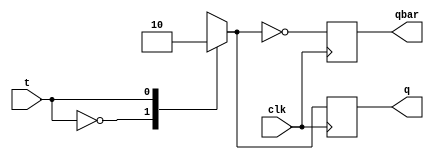
module t_ff(t,clk,q,qbar);
  input t,clk;
  output reg q,qbar;
  always @ (posedge clk)
  begin
    case(t)
      1'b0: q = 1;
      1'b1: q = 0;
    endcase
    qbar = ~q;
  end
endmodule